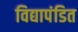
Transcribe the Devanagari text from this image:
विद्यापंडित